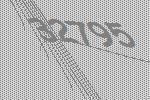
32795